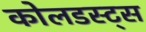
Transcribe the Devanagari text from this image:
कोलडस्ट्स